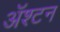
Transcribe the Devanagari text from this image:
ॲश्टन